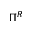
\Pi ^ { R }